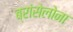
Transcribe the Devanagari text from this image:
ब्रांसेलोना